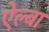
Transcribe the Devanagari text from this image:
ऐल्बा